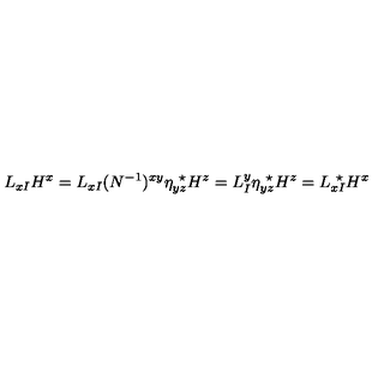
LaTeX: L _ { x I } H ^ { x } = L _ { x I } ( N ^ { - 1 } ) ^ { x y } \eta _ { y z } ^ { \ \star } H ^ { z } = L _ { I } ^ { y } \eta _ { y z } ^ { \ \star } H ^ { z } = L _ { x I } ^ { \ \star } H ^ { x }